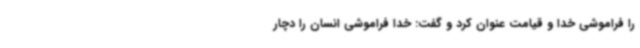
را فراموشی خدا و قیامت عنوان کرد و گفت: خدا فراموشی انسان را دچار